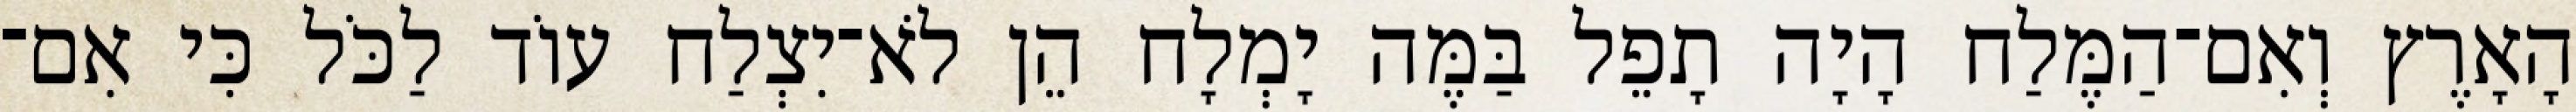
הָאָרֶץ וְאִם־הַמֶּלַח הָיָה תָפֵל בַּמֶּה יָמְלָח הֵן לֹא־יִצְלַח עוֹד לַכֹּל כִּי אִם־